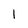
Character: 1